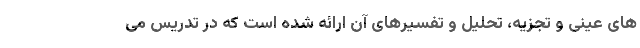
های عینی و تجزیه، تحلیل و تفسیرهای آن ارائه شده است که در تدریس می